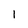
Character: 1